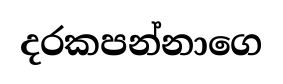
දරකපන්නාගෙ